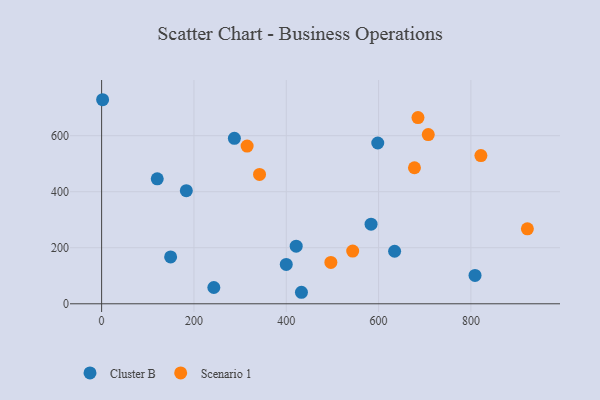
{"axis": {"x": "Experience", "y": "Demand"}, "legend": ["Cluster B", "Scenario 1"], "data": [{"x": "598.2", "y": 574.0, "type": "Cluster B"}, {"x": "583.7", "y": 284.1, "type": "Cluster B"}, {"x": "432.9", "y": 41.1, "type": "Cluster B"}, {"x": "808.9", "y": 101.4, "type": "Cluster B"}, {"x": "400.0", "y": 140.4, "type": "Cluster B"}, {"x": "149.5", "y": 167.3, "type": "Cluster B"}, {"x": "120.5", "y": 446.2, "type": "Cluster B"}, {"x": "2.2", "y": 728.4, "type": "Cluster B"}, {"x": "421.5", "y": 205.8, "type": "Cluster B"}, {"x": "183.5", "y": 403.7, "type": "Cluster B"}, {"x": "243.1", "y": 58.1, "type": "Cluster B"}, {"x": "634.7", "y": 187.5, "type": "Cluster B"}, {"x": "287.6", "y": 590.7, "type": "Cluster B"}, {"x": "342.1", "y": 461.9, "type": "Scenario 1"}, {"x": "922.3", "y": 267.5, "type": "Scenario 1"}, {"x": "685.3", "y": 664.8, "type": "Scenario 1"}, {"x": "543.9", "y": 188.0, "type": "Scenario 1"}, {"x": "315.2", "y": 563.1, "type": "Scenario 1"}, {"x": "821.6", "y": 529.0, "type": "Scenario 1"}, {"x": "677.7", "y": 485.5, "type": "Scenario 1"}, {"x": "496.6", "y": 147.5, "type": "Scenario 1"}, {"x": "707.6", "y": 604.1, "type": "Scenario 1"}]}